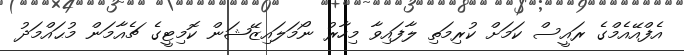
އެފްއޭއެމްގެ ރައީސް ކަމަށް ކުރިމަތި ލާފައިވާ މިހާރު ނޯމަލައިޒޭޝަން ކޮމިޓީގެ ޗެއާމަން މުޙައްމަދު